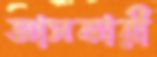
আসকারী